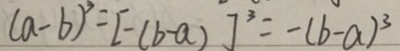
( a - b ) ^ { 2 } = [ - ( b - a ) ] ^ { 3 } = - ( b - a ) ^ { 3 }